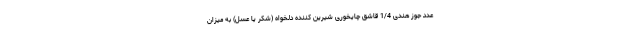
عدد جوز هندی 1/4 قاشق چایخوری شیرین کننده دلخواه (شکر یا عسل) به میزان